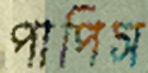
পাপিস